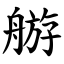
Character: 䑻